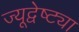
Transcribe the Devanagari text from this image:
ज्यूद्वेष्ट्या